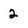
Character: 2